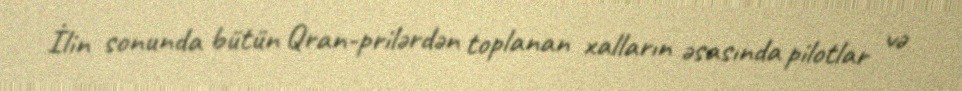
İlin sonunda bütün Qran-prilərdən toplanan xalların əsasında pilotlar və